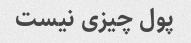
پول چیزی نیست